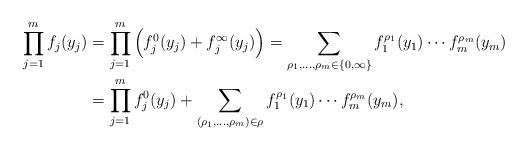
LaTeX: \begin{align*} \prod_{j=1}^{m} f_{j}(y_{j}) &= \prod_{j=1}^{m} \Big( f_{j}^{0}(y_{j}) + f_{j}^{\infty}(y_{j}) \Big) = \sum_{\rho_{1},\dots,\rho_{m}\in \{0,\infty\}} f_{1}^{\rho_{1}}(y_{1}) \cdots f_{m}^{\rho_{m}} (y_{m}) \\ &= \prod_{j=1}^{m} f_{j}^{0}(y_{j}) + \sum_{(\rho_{1},\dots,\rho_{m})\in \rho} f_{1}^{\rho_{1}}(y_{1}) \cdots f_{m}^{\rho_{m}} (y_{m}),\end{align*}